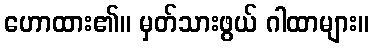
ဟောထား၏။ မှတ်သားဖွယ် ဂါထာများ။